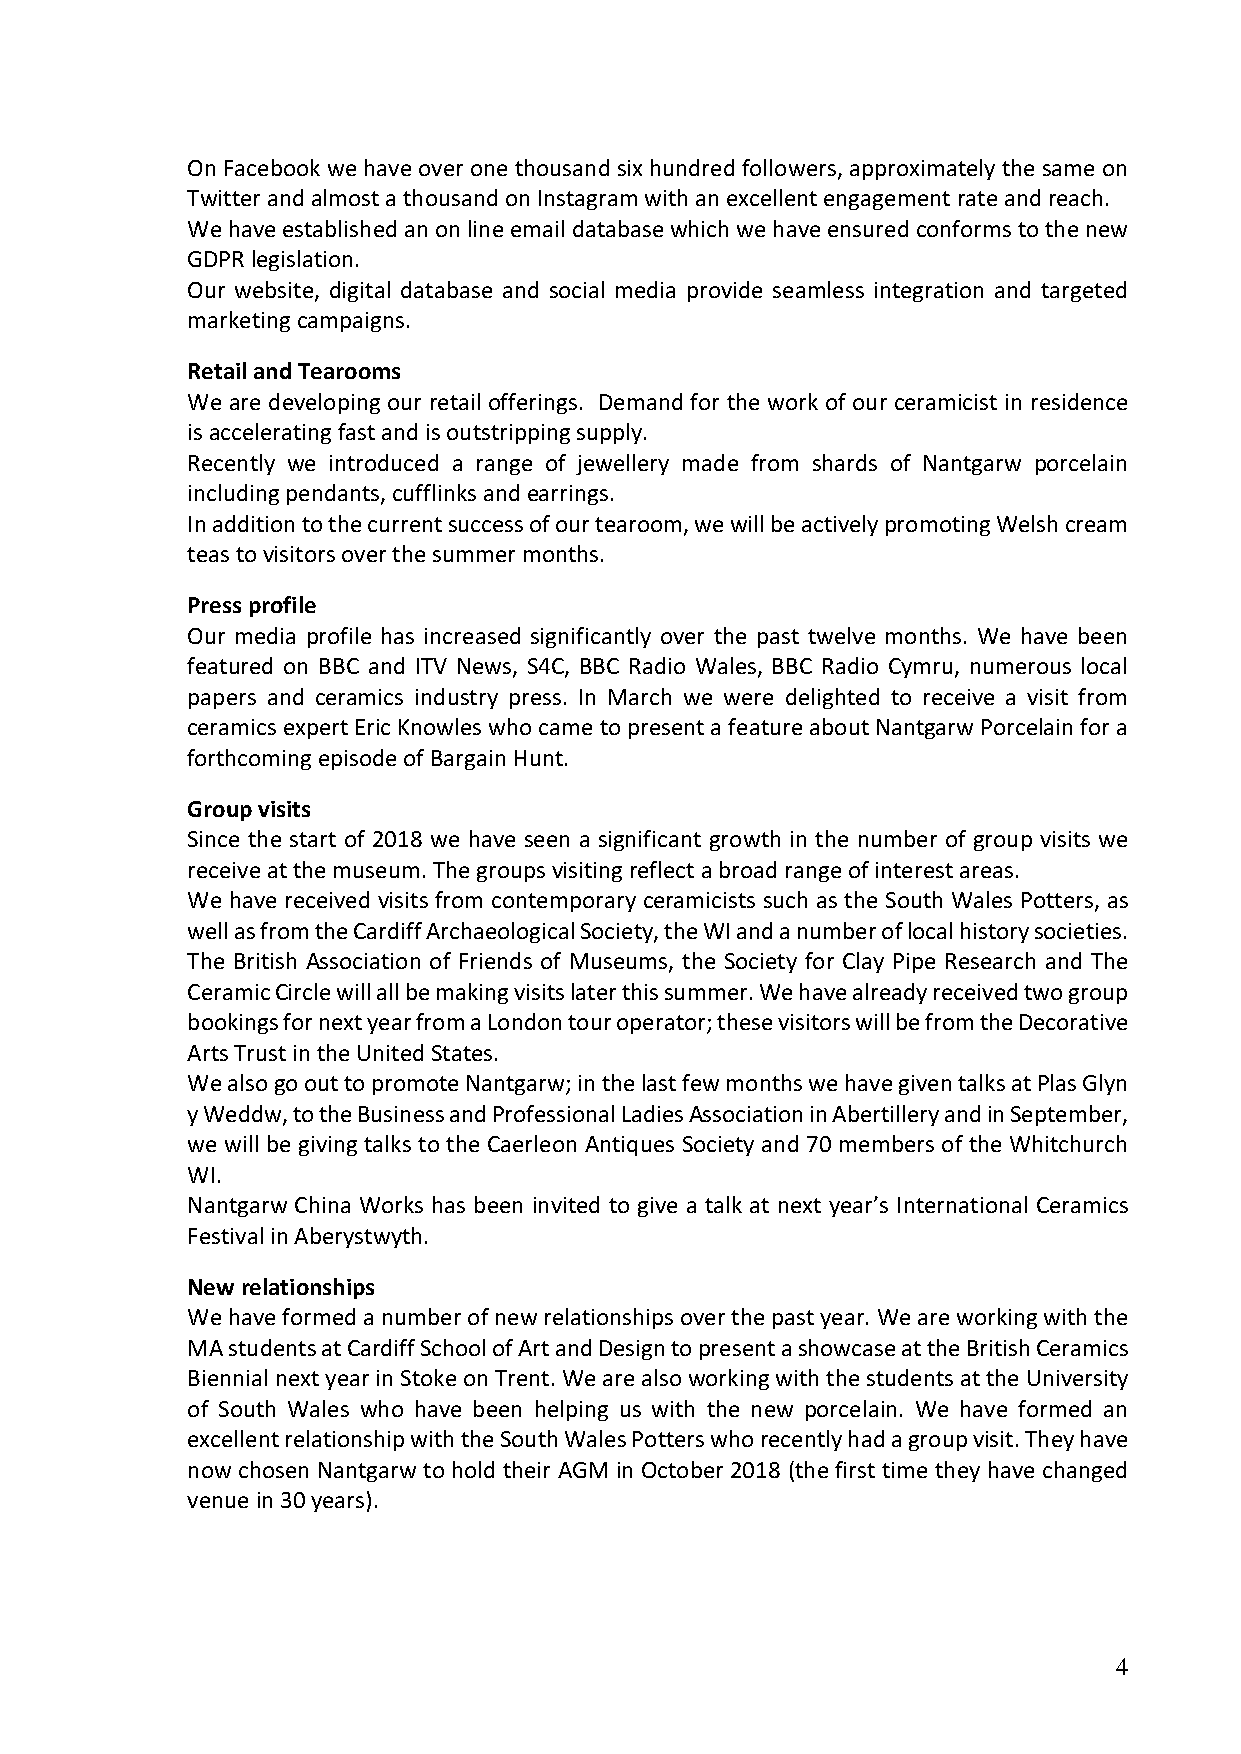
On Facebook we have over one thousand six hundred followers, approximately the same on
 Twitter and almost a thousand on Instagram with an excellent engagement rate and reach.
 We have established an on line email database which we have ensured conforms to the new
 GDPR legislation.
 Our website, digital database and social media provide seamless integration and targeted
 marketing campaigns.
 Retail and Tearooms
 We are developing our retail offerings. Demand for the work of our ceramicist in residence
 is accelerating fast and is outstripping supply.
 Recently we introduced a range of jewellery made from shards of Nantgarw porcelain
 including pendants, cufflinks and earrings.
 In addition to the current success of our tearoom, we will be actively promoting Welsh cream
 teas to visitors over the summer months.
 Press profile
 Our media profile has increased significantly over the past twelve months. We have been
 featured on BBC and ITV News, S4C, BBC Radio Wales, BBC Radio Cymru, numerous local
 papers and ceramics industry press. In March we were delighted to receive a visit from
 ceramics expert Eric Knowles who came to present a feature about Nantgarw Porcelain for a
 forthcoming episode of Bargain Hunt.
 Group visits
 Since the start of 2018 we have seen a significant growth in the number of group visits we
 receive at the museum. The groups visiting reflect a broad range of interest areas.
 We have received visits from contemporary ceramicists such as the South Wales Potters, as
 well as from the Cardiff Archaeological Society, the WI and a number of local history societies.
 The British Association of Friends of Museums, the Society for Clay Pipe Research and The
 Ceramic Circle will all be making visits later this summer. We have already received two group
 bookings for next year from a London tour operator; these visitors will be from the Decorative
 Arts Trust in the United States.
 We also go out to promote Nantgarw; in the last few months we have given talks at Plas Glyn
 y Weddw, to the Business and Professional Ladies Association in Abertillery and in September,
 we will be giving talks to the Caerleon Antiques Society and 70 members of the Whitchurch
 WI.
 Nantgarw China Works has been invited to give a talk at next year’s International Ceramics
 Festival in Aberystwyth.
 New relationships
 We have formed a number of new relationships over the past year. We are working with the
 MA students at Cardiff School of Art and Design to present a showcase at the British Ceramics
 Biennial next year in Stoke on Trent. We are also working with the students at the University
 of South Wales who have been helping us with the new porcelain. We have formed an
 excellent relationship with the South Wales Potters who recently had a group visit. They have
 now chosen Nantgarw to hold their AGM in October 2018 (the first time they have changed
 venue in 30 years).
 4